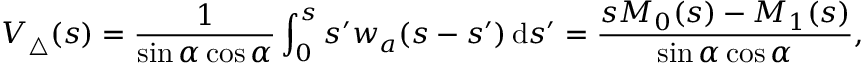
V _ { \triangle } ( s ) = \frac { 1 } { \sin { \alpha } \cos { \alpha } } \int _ { 0 } ^ { s } s ^ { \prime } w _ { a } ( s - s ^ { \prime } ) \, \mathrm { d } s ^ { \prime } = \frac { s M _ { 0 } ( s ) - M _ { 1 } ( s ) } { \sin { \alpha } \cos { \alpha } } ,